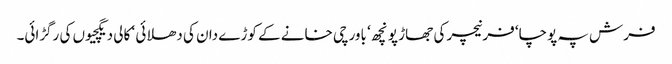
فرش پہ پوچا‘ فرنیچر کی جھاڑ پونچھ ‘ باورچی خانے کے کوڑے دان کی دھلائی ‘ کالی دیگچیوں کی رگڑائی۔